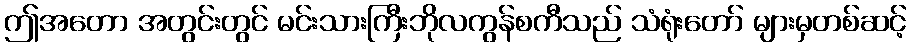
ဤအတော အတွင်းတွင် မင်းသားကြီးဘိုလကွန်စကီသည် သံရုံးတော် များမှတစ်ဆင့်